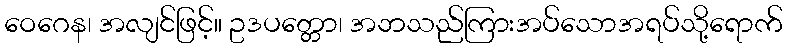
ဝေဂေန၊ အလျင်ဖြင့်။ ဥဒပတ္တော၊ အဘသည်ကြားအပ်သောအရပ်သို့ရောက်